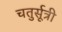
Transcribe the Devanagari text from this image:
चतुर्सूत्री